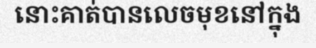
នោះគាត់បានលេចមុខនៅក្នុង